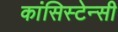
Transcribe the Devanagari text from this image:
कांसिस्टेन्सी